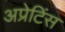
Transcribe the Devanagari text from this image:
अप्रेटिंस